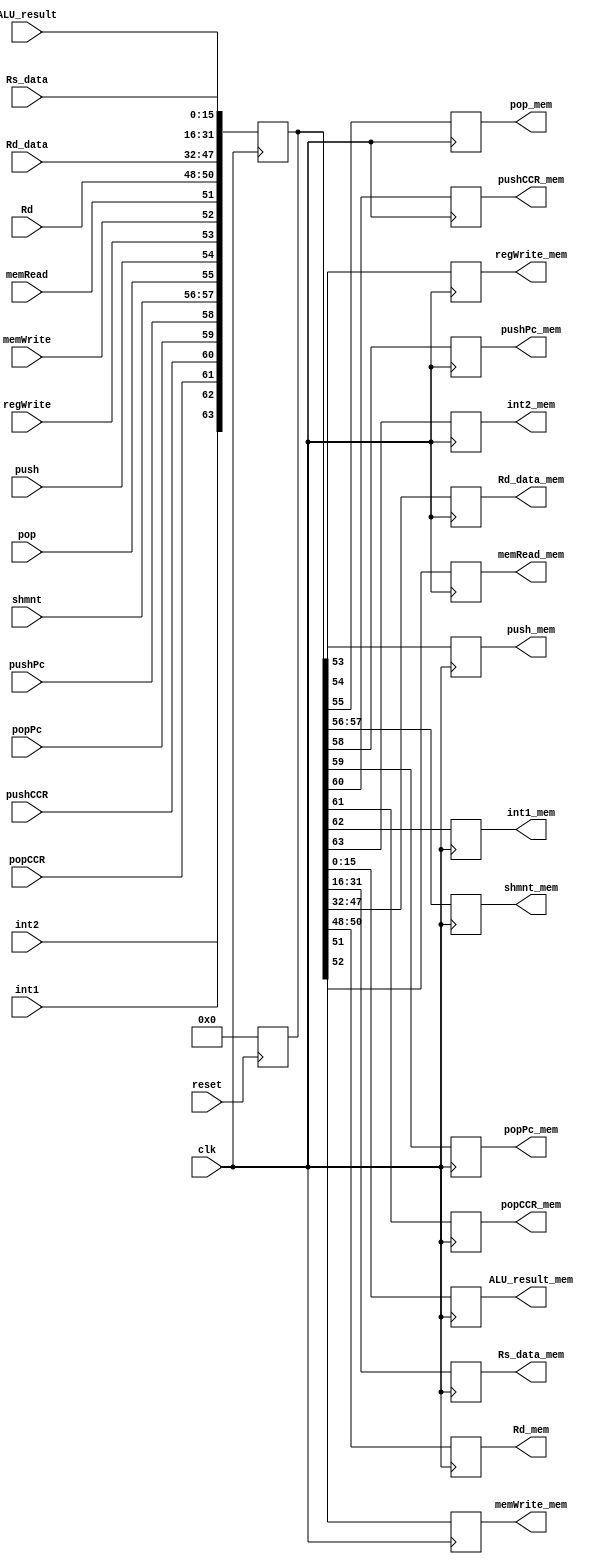
module reg_exec_mem(
    input clk,
    input reset,
    input [15:0] ALU_result,
    input [15:0] Rs_data,
    input [15:0] Rd_data,
    input [2:0] Rd,
    input  memRead,
    input  memWrite,
    input  regWrite,
    input  push,
    input  pop,
    input  [1:0]shmnt,
    input pushPc,
    input popPc,
    input pushCCR,
    input popCCR,
    input int1,
    input int2,

    output reg [15:0] ALU_result_mem,
    output reg [15:0] Rs_data_mem,
    output reg [15:0] Rd_data_mem,
    output reg [2:0] Rd_mem,
    output reg  memRead_mem,
    output reg  memWrite_mem,
    output reg  regWrite_mem,
    output reg  push_mem,
    output reg  pop_mem,
    output reg  [1:0]shmnt_mem,
    output reg pushPc_mem,
    output reg popPc_mem,
    output reg pushCCR_mem,
    output reg popCCR_mem,
    output reg int1_mem,
    output reg int2_mem
  );
  reg [63:0] register;
  always @(posedge reset)
  begin   // this solves the problem of the forwading unit not working on first 2 instruction as there is not values inside intermediate registers
    register = 0;
  end
  always @ (negedge clk) // write at the -ve edge
  begin
    register[15:0] <= ALU_result;
    register[31:16] <= Rs_data;
    register[47:32] <= Rd_data;
    register[50:48] <= Rd;
    register[51] <=  memRead;
    register[52] <=  memWrite;
    register[53] <=  regWrite;
    register[54] <=  push;
    register[55] <=  pop;
    register[57:56] <=  shmnt;
    register[58] <= pushPc;
    register[59] <= popPc;
    register[60] <= pushCCR;
    register[61] <= popCCR;
    register[62] <= int1;
    register[63] <= int2;
  end

  always @ (posedge clk) // read at the +ve edge
  begin
    ALU_result_mem = register[15:0];
    Rs_data_mem = register[31:16];
    Rd_data_mem = register[47:32];
    Rd_mem = register[50:48];
    memRead_mem = register[51];
    memWrite_mem = register[52];
    regWrite_mem = register[53];
    push_mem = register[54];
    pop_mem = register[55];
    shmnt_mem = register[57:56];
    pushPc_mem = register[58];
    popPc_mem = register[59];
    pushCCR_mem = register[60];
    popCCR_mem = register[61];
    int1_mem = register[62];
    int2_mem = register[63];
  end

endmodule